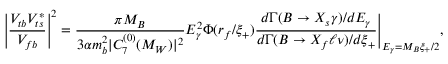
\left| \frac { V _ { t b } V _ { t s } ^ { \ast } } { V _ { f b } } \right| ^ { 2 } = \frac { \pi M _ { B } } { 3 \alpha m _ { b } ^ { 2 } | C _ { 7 } ^ { ( 0 ) } ( M _ { W } ) | ^ { 2 } } E _ { \gamma } ^ { 2 } \Phi ( r _ { f } / \xi _ { + } ) \frac { d \Gamma ( B \to X _ { s } \gamma ) / d E _ { \gamma } } { d \Gamma ( B \to X _ { f } \ell \nu ) / d \xi _ { + } } \Bigg | _ { E _ { \gamma } = M _ { B } \xi _ { + } / 2 } ,